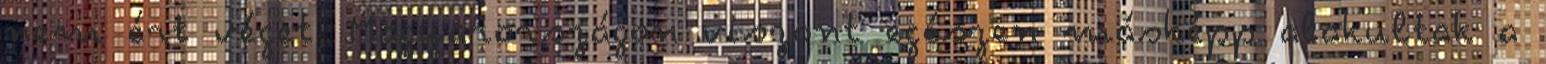
nem ért véget, Magyarországon viszont egészen másképp alakultak a